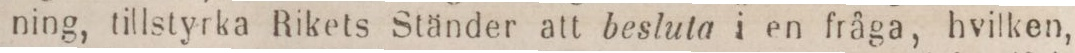
ning, tillstyrka Rikets Ständer att besluta i en fråga, hvilken,